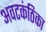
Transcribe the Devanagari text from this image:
अवटकंठिका